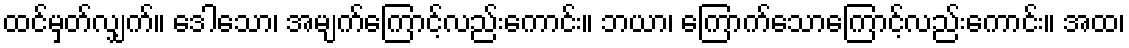
ထင်မှတ်လျှက်။ ဒေါသော၊ အမျက်ကြောင့်လည်းကောင်း။ ဘယာ၊ ကြောက်သောကြောင့်လည်းကောင်း။ အထ၊